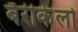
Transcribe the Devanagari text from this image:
बैर्रीकेलो